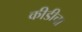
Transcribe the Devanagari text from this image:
कीडीचा